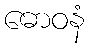
ဓောဝနံ